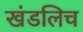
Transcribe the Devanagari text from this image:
खंडलिच